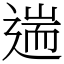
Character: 遄